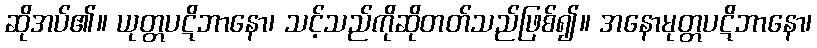
ဆိုအပ်၏။ ယုတ္တပဋိဘာနော၊ သင့်သည်ကိုဆိုတတ်သည်ဖြစ်၍။ အနောမုတ္တပဋိဘာနော၊